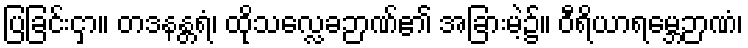
ပြခြင်းငှာ။ တဒနန္တရံ၊ ထိုသလ္လေခဉာဏ်၏ အခြားမဲ့၌။ ဝီရိယာရမ္ဘေဉာဏံ၊